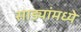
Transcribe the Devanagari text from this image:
साड्यांमध्ये